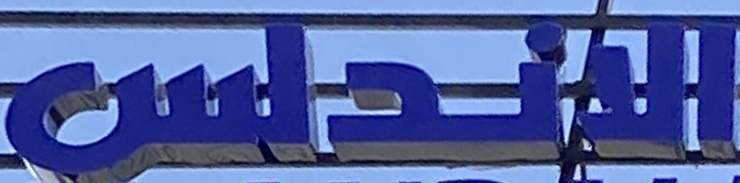
الاندلس